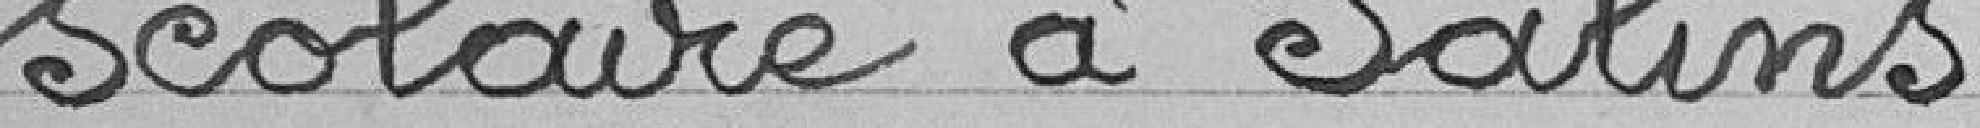
scolaire de Salins